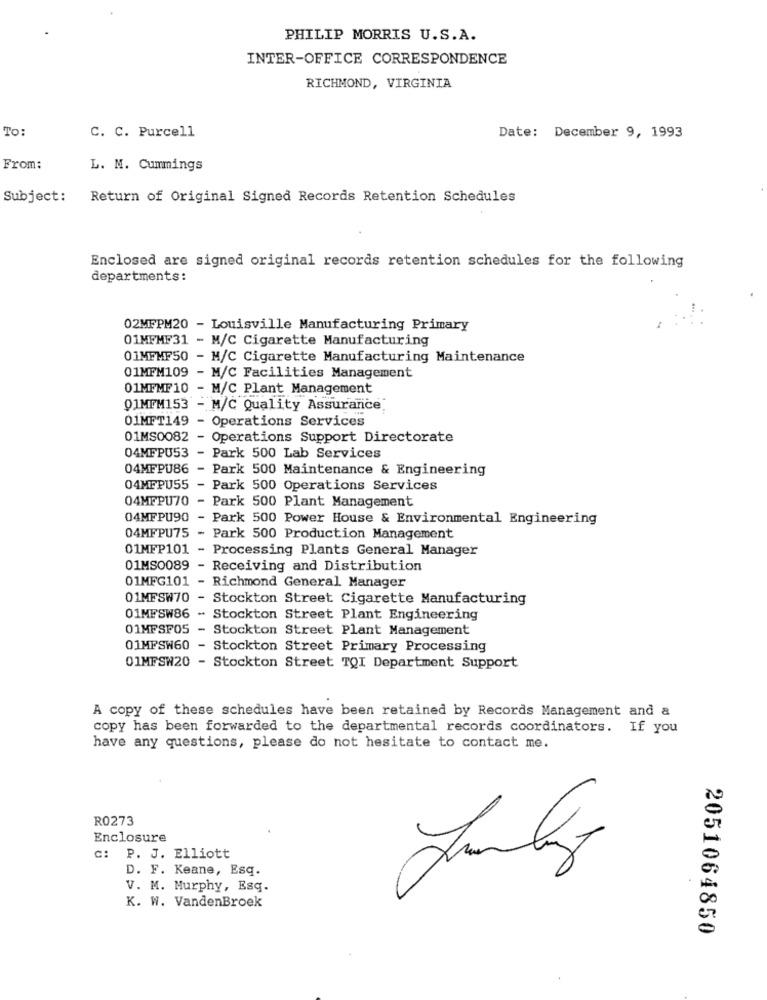
PHILIP MORRIS U.S.A.
INTER-OFFICE CORRESPONDENCE
RICHMOND, VIRGINIA
To:
C. C. Purcell
Date: December 9, 1993
From:
L. M. Cummings
Subject:
Return of Original Signed Records Retention Schedules
Enclosed are signed original records retention schedules for the following
departments:
02MFPM20 - Louisville Manufacturing Primary
01MFMF31 - M/C Cigarette Manufacturing
01MFMF50 - M/C Cigarette Manufacturing Maintenance
01MFM109 - M/C Facilities Management
01MFMF10 - M/C Plant Management
01MFM153 - M/C Quality Assurance.
01MFT149 - Operations Services
01MS0082 - Operations Support Directorate
04MFPU53 - Park 500 Lab Services
04MFPU86 - Park 500 Maintenance & Engineering
04MFPU55 - Park 500 Operations Services
04MFPU70 - Park 500 Plant Management
04MFPU90
Park 500 Power House & Environmental Engineering
04MFPU75 - Park 500 Production Management
01MFP101 - Processing Plants General Manager
01MS0089 - Receiving and Distribution
01MFG101 - Richmond General Manager
01MFSW70 - Stockton Street Cigarette Manufacturing
01MFSW86 - Stockton Street Plant Engineering
01MFSF05
Stockton Street Plant Management
01MFSW60 - Stockton Street Primary Processing
01MFSW20 - Stockton Street TOI Department Support
A copy of these schedules have been retained by Records Management and &
copy has been forwarded to the departmental records coordinators. If you
have any questions, please do not hesitate to contact me.
R0273
Enclosure
c: P. J. Elliott
D. F. Keane, Esq.
V. M. Murphy, Esq.
K. W. VandenBroek
2051064850